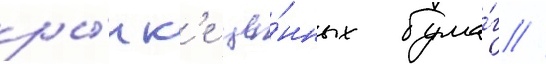
ры́нк'е це́нных бума́г //